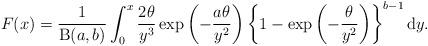
LaTeX: \begin{align*}F(x) =\frac{1}{\operatorname{B}(a,b)}\int^{x}_{0}\frac{2\theta}{y^{3}}\exp\left(-\frac{a\theta}{y^{2}}\right)\left\{1 - \exp\left(-\frac{\theta}{y^{2}}\right)\right\}^{b-1}\mathrm{d}y.\end{align*}